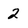
Character: 2